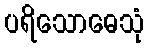
ပရိသောဓေသုံ